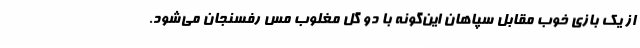
از یک بازی خوب مقابل سپاهان این‌گونه با دو گل مغلوب مس رفسنجان می‌شود.